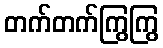
တက်တက်ကြွကြွ